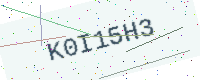
Text: K0I15H3